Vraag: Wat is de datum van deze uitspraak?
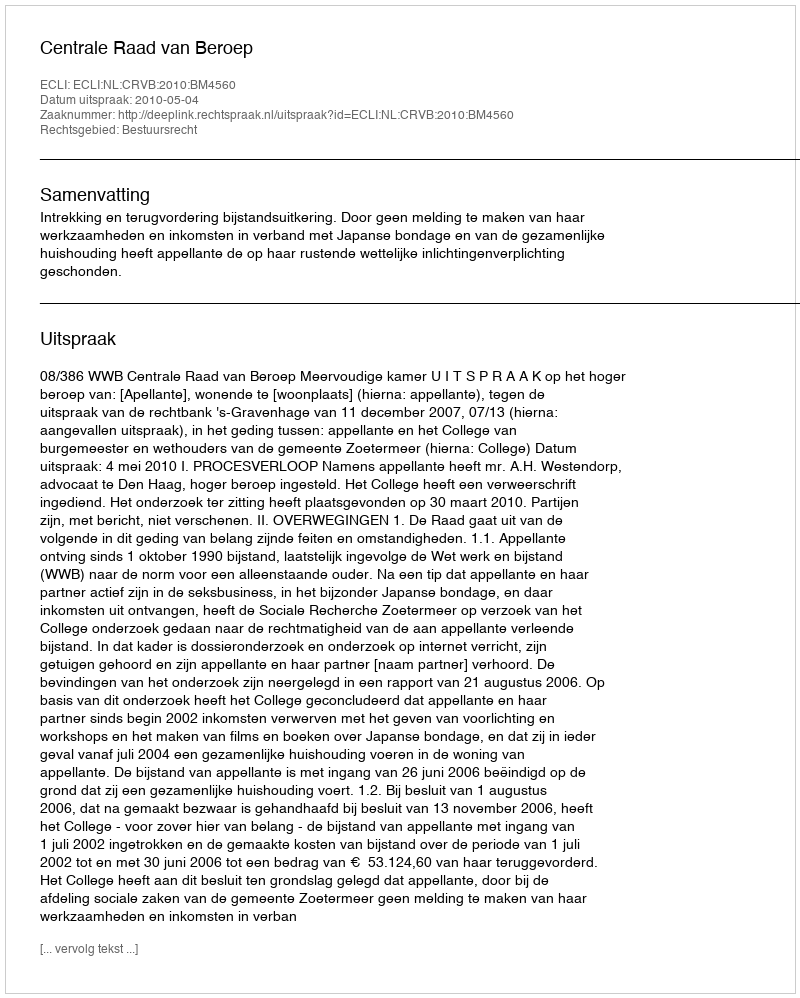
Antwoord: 2010-05-04